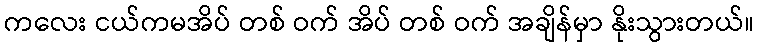
ကလေး ငယ်ကမအိပ် တစ် ဝက် အိပ် တစ် ဝက် အချိန်မှာ နိုးသွားတယ်။